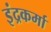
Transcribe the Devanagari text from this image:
इंद्रकर्मा